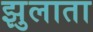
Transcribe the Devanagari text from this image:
झुलाता